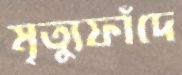
মৃত্যুফাঁদে